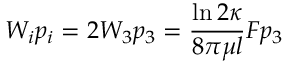
W _ { i } p _ { i } = 2 W _ { 3 } p _ { 3 } = \frac { \ln { 2 \kappa } } { 8 \pi \mu l } F p _ { 3 }